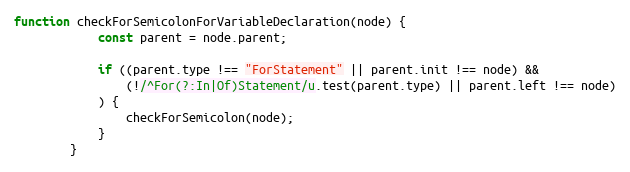
Language: JavaScript
function checkForSemicolonForVariableDeclaration(node) {
            const parent = node.parent;

            if ((parent.type !== "ForStatement" || parent.init !== node) &&
                (!/^For(?:In|Of)Statement/u.test(parent.type) || parent.left !== node)
            ) {
                checkForSemicolon(node);
            }
        }